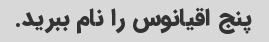
پنج اقیانوس را نام ببرید.